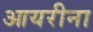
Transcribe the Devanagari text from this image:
आयरीना